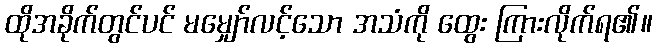
ထိုအခိုက်တွင်ပင် မမျှော်လင့်သော အသံကို ထွေး ကြားလိုက်ရ၏။